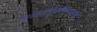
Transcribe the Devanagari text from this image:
अनस्पोर्ट्समैनलाइक